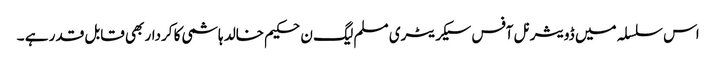
اس سلسلہ میں ڈویثرنل آفس سیکریٹری مسلم لیگ ن حکیم خالد ہاشمی کا کردار بھی قابل قدر ہے ۔